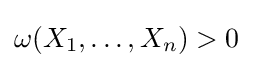
\omega (X_{1},\ldots ,X_{n})>0